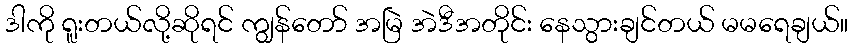
ဒါကို ရူးတယ်လို့ဆိုရင် ကျွန်တော် အမြဲ အဲဒီအတိုင်း နေသွားချင်တယ် မမရေချယ်။